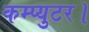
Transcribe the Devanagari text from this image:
कम्प्युटर।